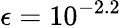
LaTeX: \epsilon=10^{-2.2}